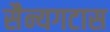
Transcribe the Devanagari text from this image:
सैन्यगटास